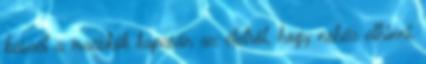
beszél a macskák kapcsán az életről, hogy nehéz elhinni,